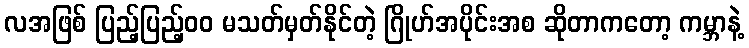
လအဖြစ် ပြည့်ပြည့်၀၀ မသတ်မှတ်နိုင်တဲ့ ဂြိုဟ်အပိုင်းအစ ဆိုတာကတော့ ကမ္ဘာနဲ့